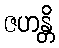
ဇဟန္တိ